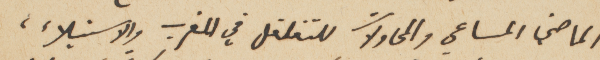
الماضي المساعي والمحاولات للتغلغل في المغرب والاستيلاء،